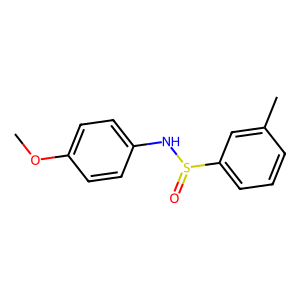
SMILES: COc1ccc(NS(=O)c2cccc(C)c2)cc1
Inhibits HIV replication: No